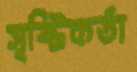
সৃষ্টিকর্তা